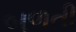
બળતી